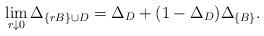
LaTeX: \begin{align*}\lim_{r \downarrow 0} \Delta_{\{rB\} \cup D}= \Delta_D + (1 - \Delta_D) \Delta_{\{B\}}.\end{align*}